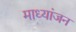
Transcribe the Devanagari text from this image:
माध्यांजन